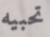
تحبيه